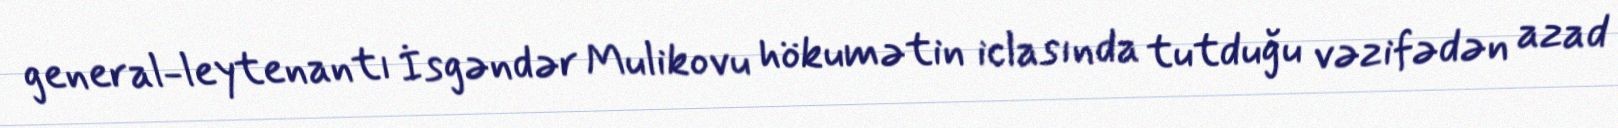
general-leytenantı İsgəndər Mulikovu hökumətin iclasında tutduğu vəzifədən azad